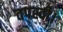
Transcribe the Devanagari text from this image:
तपस्वी।